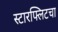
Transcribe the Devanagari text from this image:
स्टारफ्लिटचा